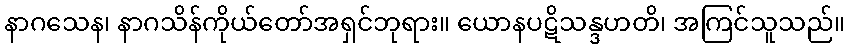
နာဂသေန၊ နာဂသိန်ကိုယ်တော်အရှင်ဘုရား။ ယောနပဋိသန္ဒဟတိ၊ အကြင်သူသည်။